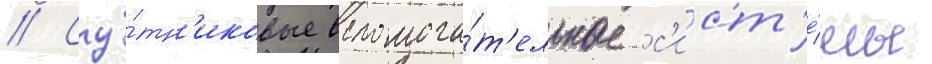
// Спу́тн'иковые вспомога́т'ельные с'ист'е́мы